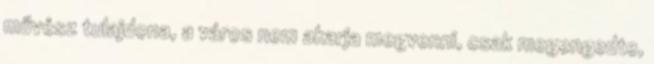
művész tulajdona, a város nem akarja megvenni, csak megengedte,